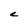
Character: C